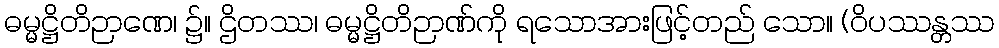
ဓမ္မဋ္ဌိတိဉာဏေ၊ ၌။ ဌိတဿ၊ ဓမ္မဋ္ဌိတိဉာဏ်ကို ရသောအားဖြင့်တည် သော။ (ဝိပဿန္တဿ